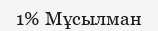
1% Мұсылман